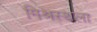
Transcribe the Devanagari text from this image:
मिश्रस्थला